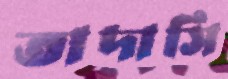
তাদাসি